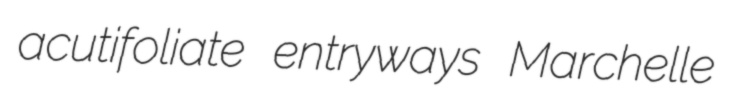
acutifoliate entryways Marchelle